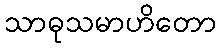
သာဓုသမာဟိတော